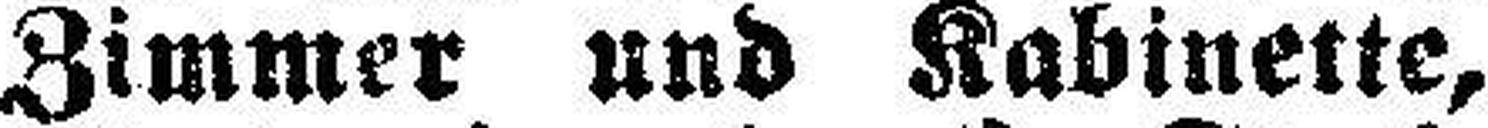
Zimmer und Kabinette,